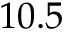
1 0 . 5